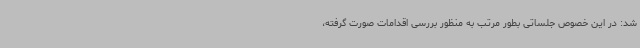
شد: در این خصوص جلساتی بطور مرتب به منظور بررسی اقدامات صورت گرفته،